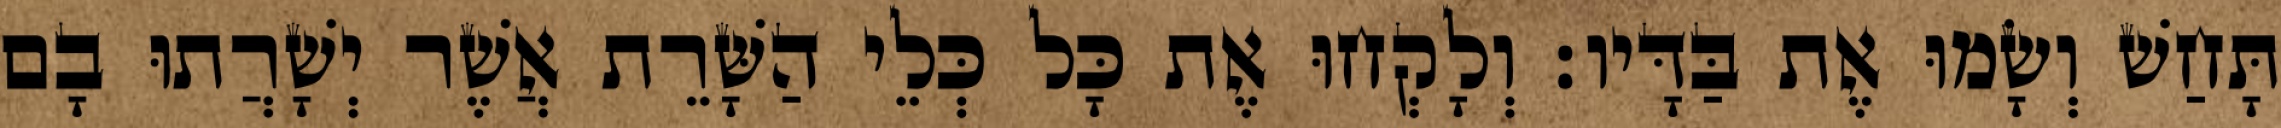
תָּחַשׁ וְשָׂמוּ אֶת בַּדָּיו׃ וְלָקְחוּ אֶת כָּל כְּלֵי הַשָּׁרֵת אֲשֶׁר יְשָׁרֲתוּ בָם